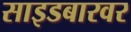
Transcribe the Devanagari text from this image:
साइडबारवर